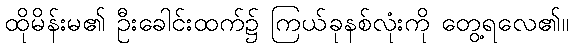
ထိုမိန်းမ၏ ဦးခေါင်းထက်၌ ကြယ်ခုနစ်လုံးကို တွေ့ရလေ၏။